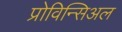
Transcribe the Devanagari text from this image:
प्रोविन्सिअल